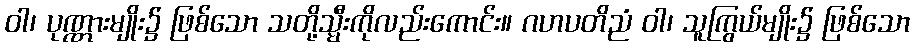
ဝါ၊ ပုဏ္ဏားမျိုး၌ ဖြစ်သော သတို့သ္မီးကိုလည်းကောင်း။ ဂဟပတိညံ ဝါ၊ သူကြွယ်မျိုး၌ ဖြစ်သော